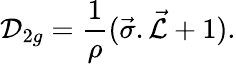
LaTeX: {\cal D}_{2g}=\frac{1}{\rho}(\vec{\sigma}.\vec{\cal L}+1).